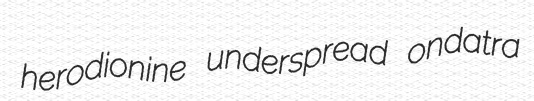
herodionine underspread ondatra